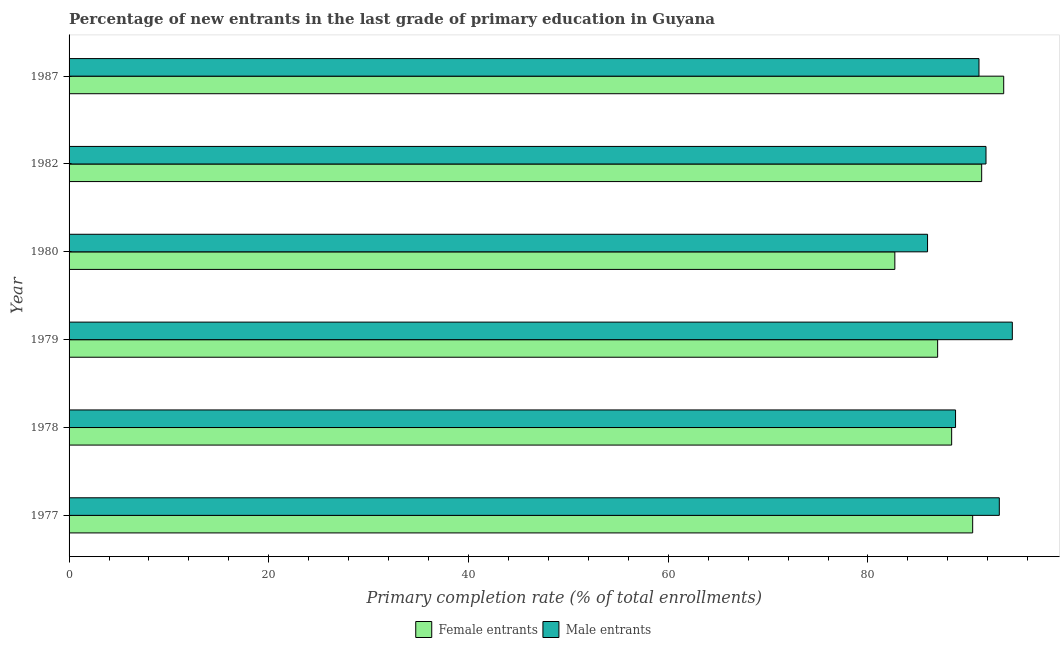
| Year | Female entrants | Male entrants |
 | --- | --- | --- |
 | 1977 | 90.5 | 93.2 |
 | 1978 | 88.4 | 88.8 |
 | 1979 | 87 | 94.5 |
 | 1980 | 82.7 | 86 |
 | 1982 | 91.4 | 91.8 |
 | 1987 | 93.6 | 91.1 |